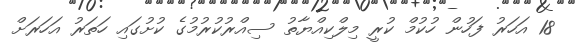
18 އަހަރު ފަހުން ހުކުމް ކުރީ މިލްކިއްޔާތު ސިއްރުކުރުމުގެ ކުށުގައި ހަތަރު އަހަރަށް